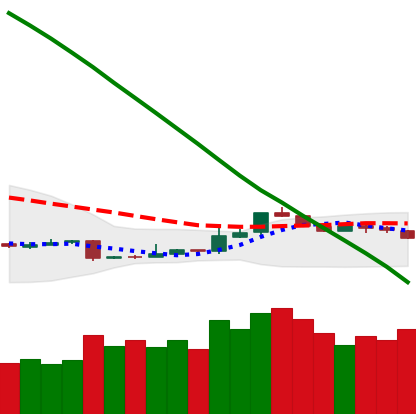
Ticker: ETH-USD
Chart end date: 2018-11-13
Forward return: -14.388%
Label: down_7plus